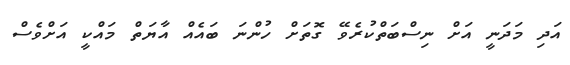
އަދި މަދަނީ އަށް ނިސްބަތްކުރެވޭ ގޮތަށް ހުންނަ ބައެއް އާޔަތް މައްކީ އަށްވެސް